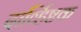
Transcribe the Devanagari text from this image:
दार्व्हिष्टक